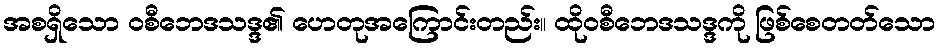
အစရှိသော ဝစီဘေဒသဒ္ဒ၏ ဟေတုအကြောင်းတည်း။ ထိုဝစီဘေဒသဒ္ဒကို ဖြစ်စေတတ်သော